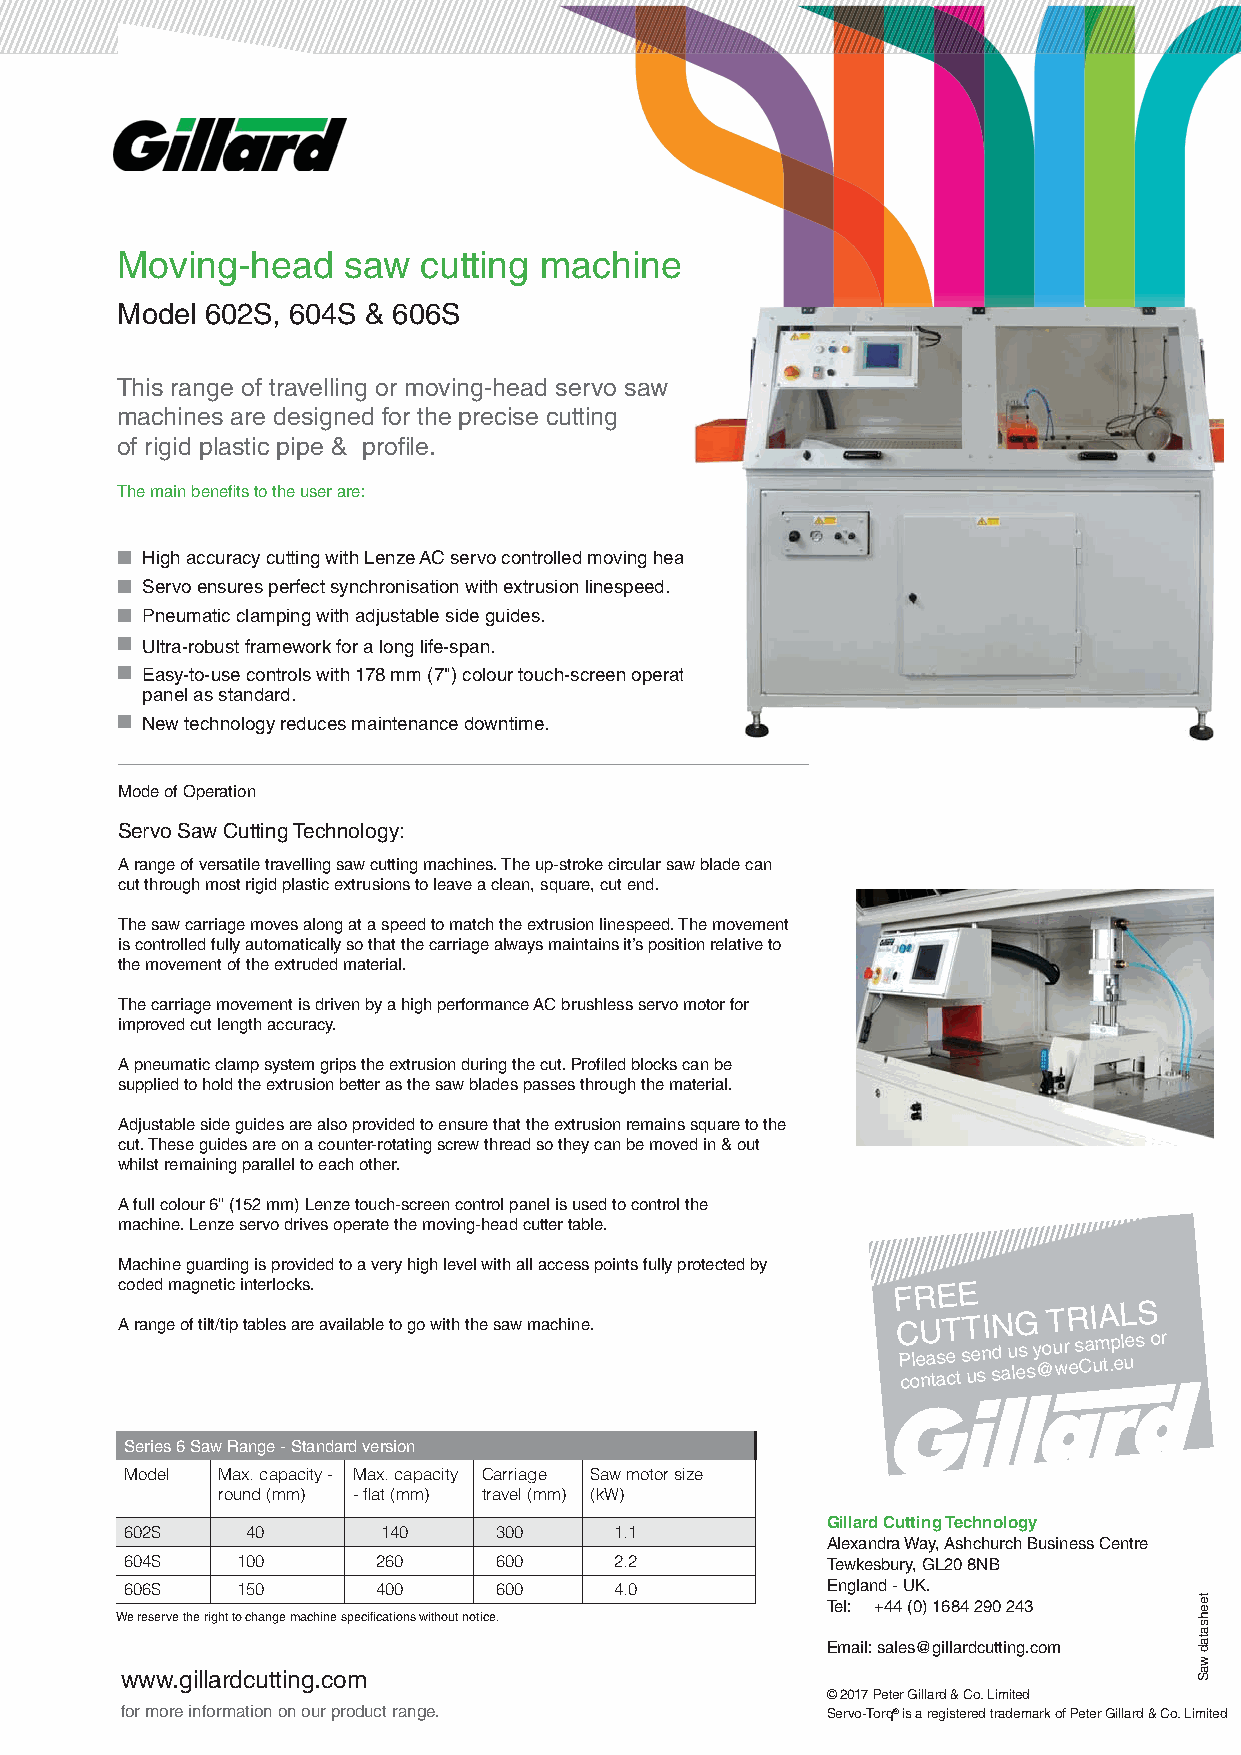
Moving-head    saw  cutting machine
 Model 602S, 604S & 606S
 This range of travelling or moving-head servo saw
 machines are designed for the precise cutting
 of rigid plastic pipe & profi le.
 The main benefi ts to the user are:
 ■ High accuracy cutting with Lenze AC servo controlled moving head.
 ■ Servo ensures perfect synchronisation with extrusion linespeed.
 ■ Pneumatic clamping with adjustable side guides.
 ■ Ultra-robust framework for a long life-span.
 ■ Easy-to-use controls with 178 mm (7") colour touch-screen operator
 panel as standard.
 ■ New technology reduces maintenance downtime.
 Mode of Operation
 Servo Saw Cutting Technology:
 A range of versatile travelling saw cutting machines. The up-stroke circular saw blade can
 cut through most rigid plastic extrusions to leave a clean, square, cut end.
 The saw carriage moves along at a speed to match the extrusion linespeed. The movement
 is controlled fully automatically so that the carriage always maintains it’s position relative to
 the movement of the extruded material.
 The carriage movement is driven by a high performance AC brushless servo motor for
 improved cut length accuracy.
 A pneumatic clamp system grips the extrusion during the cut. Profi led blocks can be
 supplied to hold the extrusion better as the saw blades passes through the material.
 Adjustable side guides are also provided to ensure that the extrusion remains square to the
 cut. These guides are on a counter-rotating screw thread so they can be moved in & out
 whilst remaining parallel to each other.
 A full colour 6" (152 mm) Lenze touch-screen control panel is used to control the
 machine. Lenze servo drives operate the moving-head cutter table.
 Machine guarding is provided to a very high level with all access points fully protected by
 coded magnetic interlocks.                         FREE
 A range of tilt/tip tables are available to go with the saw machine.
 CUTTING
 TRIALS
 P cole na tase
 ct
 s ue sn sd
 a
 u les
 s
 y @ou wr
 e
 s Ca um t.p el ues or
 Series 6 Saw Range - Standard version
 Model Max. capacity - Max. capacity Carriage Saw motor size
 round (mm) - fl at (mm) travel (mm) (kW)
 Gillard Cutting Technology
 602S    40       140     300     1.1
 Alexandra Way, Ashchurch Business Centre
 604S    100      260     600     2.2           Tewkesbury, GL20 8NB
 606S    150      400     600     4.0           England - UK.
 Tel: +44 (0) 1684 290 243
 We reserve the right to change machine specifi cations without notice.
 Email: sales@gillardcutting.com
 www.gillardcutting.com
 © 2017 Peter Gillard & Co. Limited
 for more information on our product range.     Servo-Torq® is a registered trademark of Peter Gillard & Co. Limited
 teehsatad
 waS